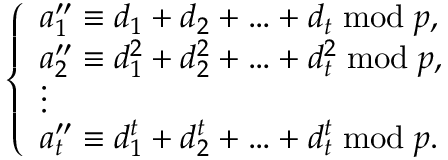
\left\{ \begin{array} { l l } { a _ { 1 } ^ { \prime \prime } \equiv d _ { 1 } + d _ { 2 } + \dotsc + d _ { t } \bmod p , } \\ { a _ { 2 } ^ { \prime \prime } \equiv d _ { 1 } ^ { 2 } + d _ { 2 } ^ { 2 } + \dotsc + d _ { t } ^ { 2 } \bmod p , } \\ { \vdots } \\ { a _ { t } ^ { \prime \prime } \equiv d _ { 1 } ^ { t } + d _ { 2 } ^ { t } + \dotsc + d _ { t } ^ { t } \bmod p . } \end{array} \right.